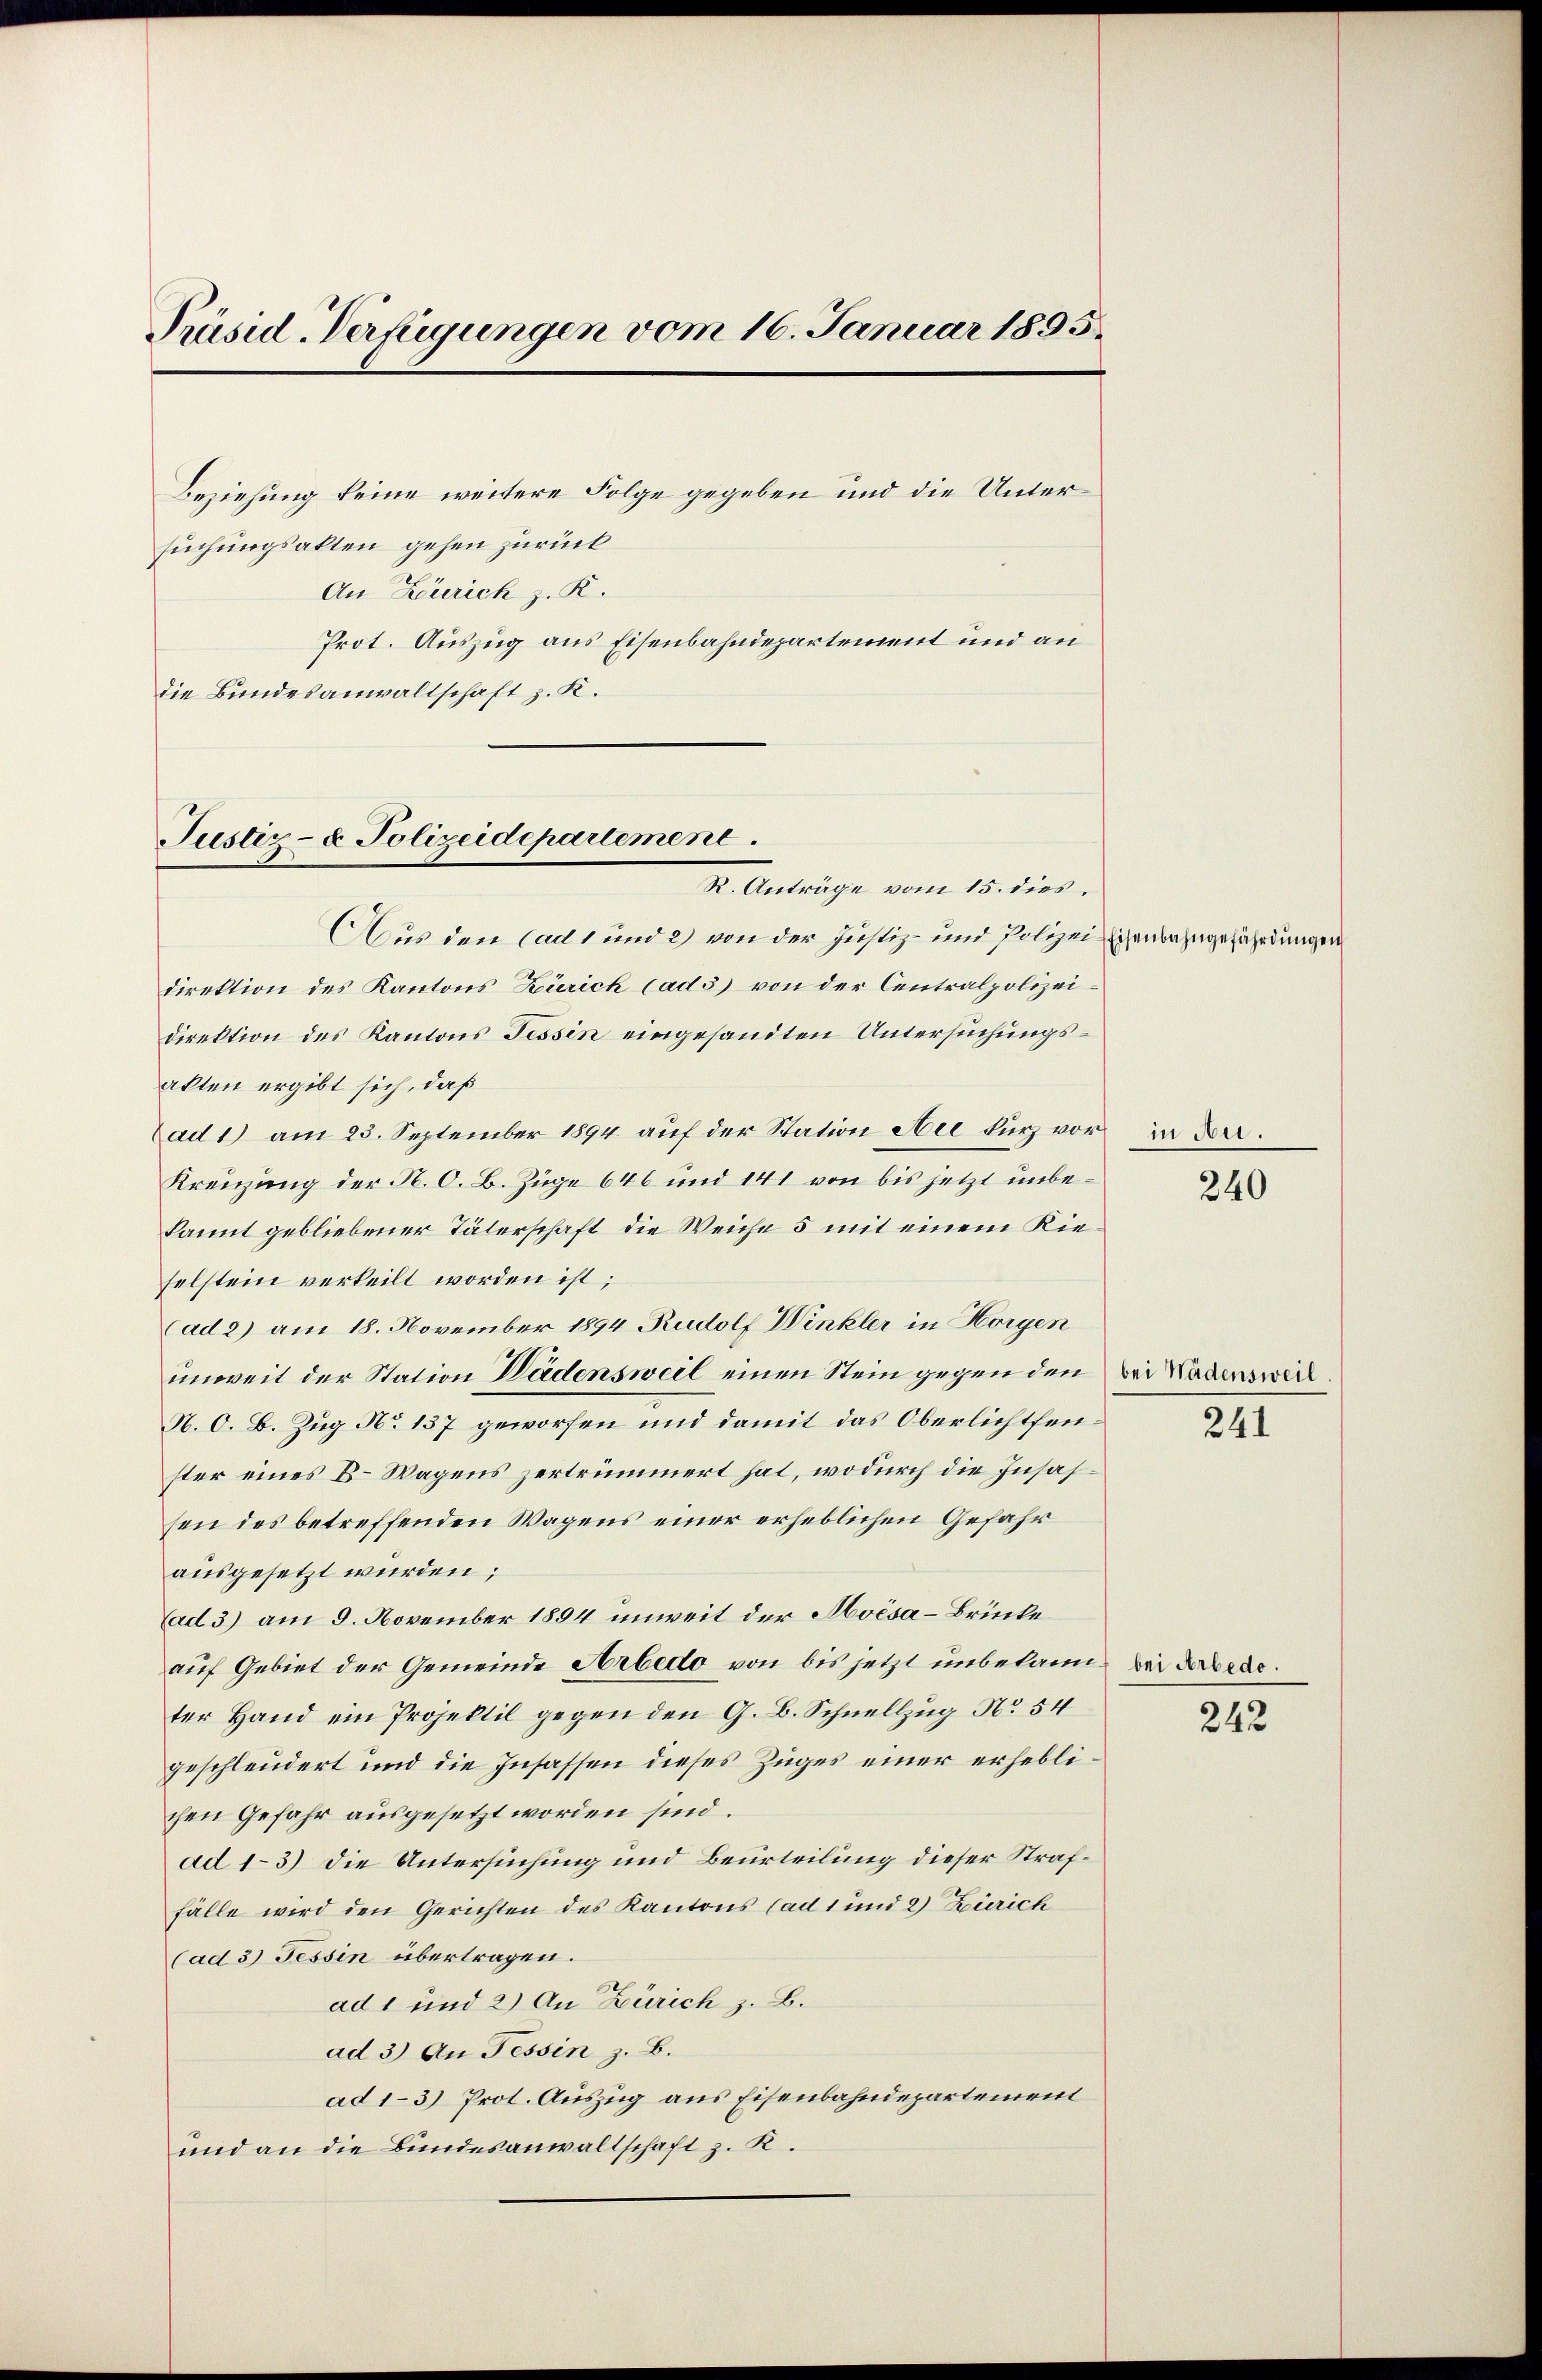
Präsid. Verfügungen vom 16. Januar 1895.
Beziehung keine weitere Folge gegeben und die Untersuchungsakten gehen zurück
An Zürich z. R.
Prot. Auszug aus Eisenbahndepartement und an
die Bundesanwaltschaft z. K.

Justiz- & Polizeidepartement.

R. Anträge vom 15. dies
Aus den (ad 1 und 2) von der Justiz- und Polizeidirektion des Kantons Zürich (ad 3) von der Centralpolizeidirektion des Kantons Tessin eingesandten Untersuchungsakten ergibt sich, daß
ad 1) am 23. September 1894 auf der Station Aee kurz vor
Kreuzung der N. O. B. Züge 646 und 141 von bis jetzt unbekannt gebliebener Täterschaft die Weiche 5 mit einem Rieselstein verteilt worden ist;
(ad 2) am 18. November 1894 Rudolf Winkler in Horgen
unweit der Station Wädensweil einen Stein gegen den
N. O. B. Zug No 137 geworfen und damit das Oberlichtsenster eines k. Wagens zertrümmert hat, wodurch die Insassen des betreffenden Wagens einer erheblichen Gefahr
ausgesetzt wurden;
(ad 3) am 9. November 1894 unweit der Aoésa-Brücke
auf Gebiet der Gemeinde Arbedo von bis jetzt unbekannter Hand ein Projektil gegen den G. B. Schnellzug No 54
geschleudert und die Insassen dieses Zuges einer erheblichen Gefahr ausgesetzt worden sind.
ad 1–3) Die Untersuchung und Beurteilung dieser Straffälle wird den Gerichten des Kantons (ad 1 und 2) Zürich
(ad 3) Tessin übertragen.
ad 1 und 2) An Zürich z. B.
ad 3) An Tessin z. B.
ad 1-3) Prot. Auszug aus Eisenbahndepartement
und an die Bundesanwaltschaft z. R.

Eisenbahngefährdungen

in Au

240

bei Wädensweil.

241

bei Arbedo.

242